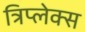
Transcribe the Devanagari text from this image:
त्रिप्लेक्स